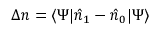
\Delta n = \langle \Psi | \hat { n } _ { 1 } - \hat { n } _ { 0 } | \Psi \rangle